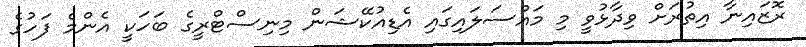
ރޮޒައިނާ އިތުރަށް ވިދާޅުވީ މި މައްސަލައިގައި އެޑިއުކޭޝަން މިނިސްޓްރީގެ ބަހަކީ އެންމެ ފަހުގެ